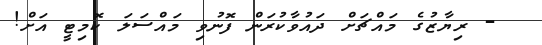
- ރިޔާޒުގެ މައްޗަށް ދައުވާކުރަން ފޮނުވި މައްސަލަ ކޮމިޓީ އަށް!